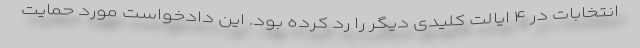
انتخابات در ۴ ایالت کلیدی دیگر را رد کرده بود. این دادخواست مورد حمایت